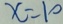
x = 1 0